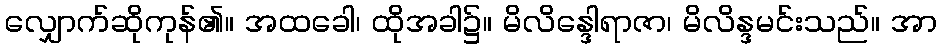
လျှောက်ဆိုကုန်၏။ အထခေါ၊ ထိုအခါ၌။ မိလိန္ဒေါရာဇာ၊ မိလိန္ဒမင်းသည်။ အာ